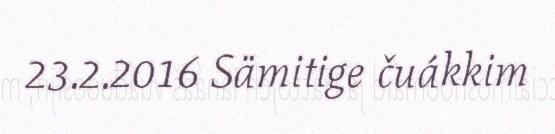
23.2.2016 Sämitige čuákkim